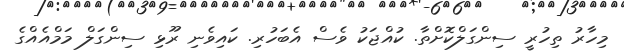
މިހާރު ތިހުރީ ސިންގަލްކޮށްތާ. ކުއްޖަކު ވެސް އެބަހުރި. ކައިވެނި ރޫޅި ސިންގަލް މަމްއެއްގެ